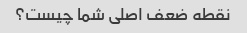
نقطه ضعف اصلی شما چیست؟